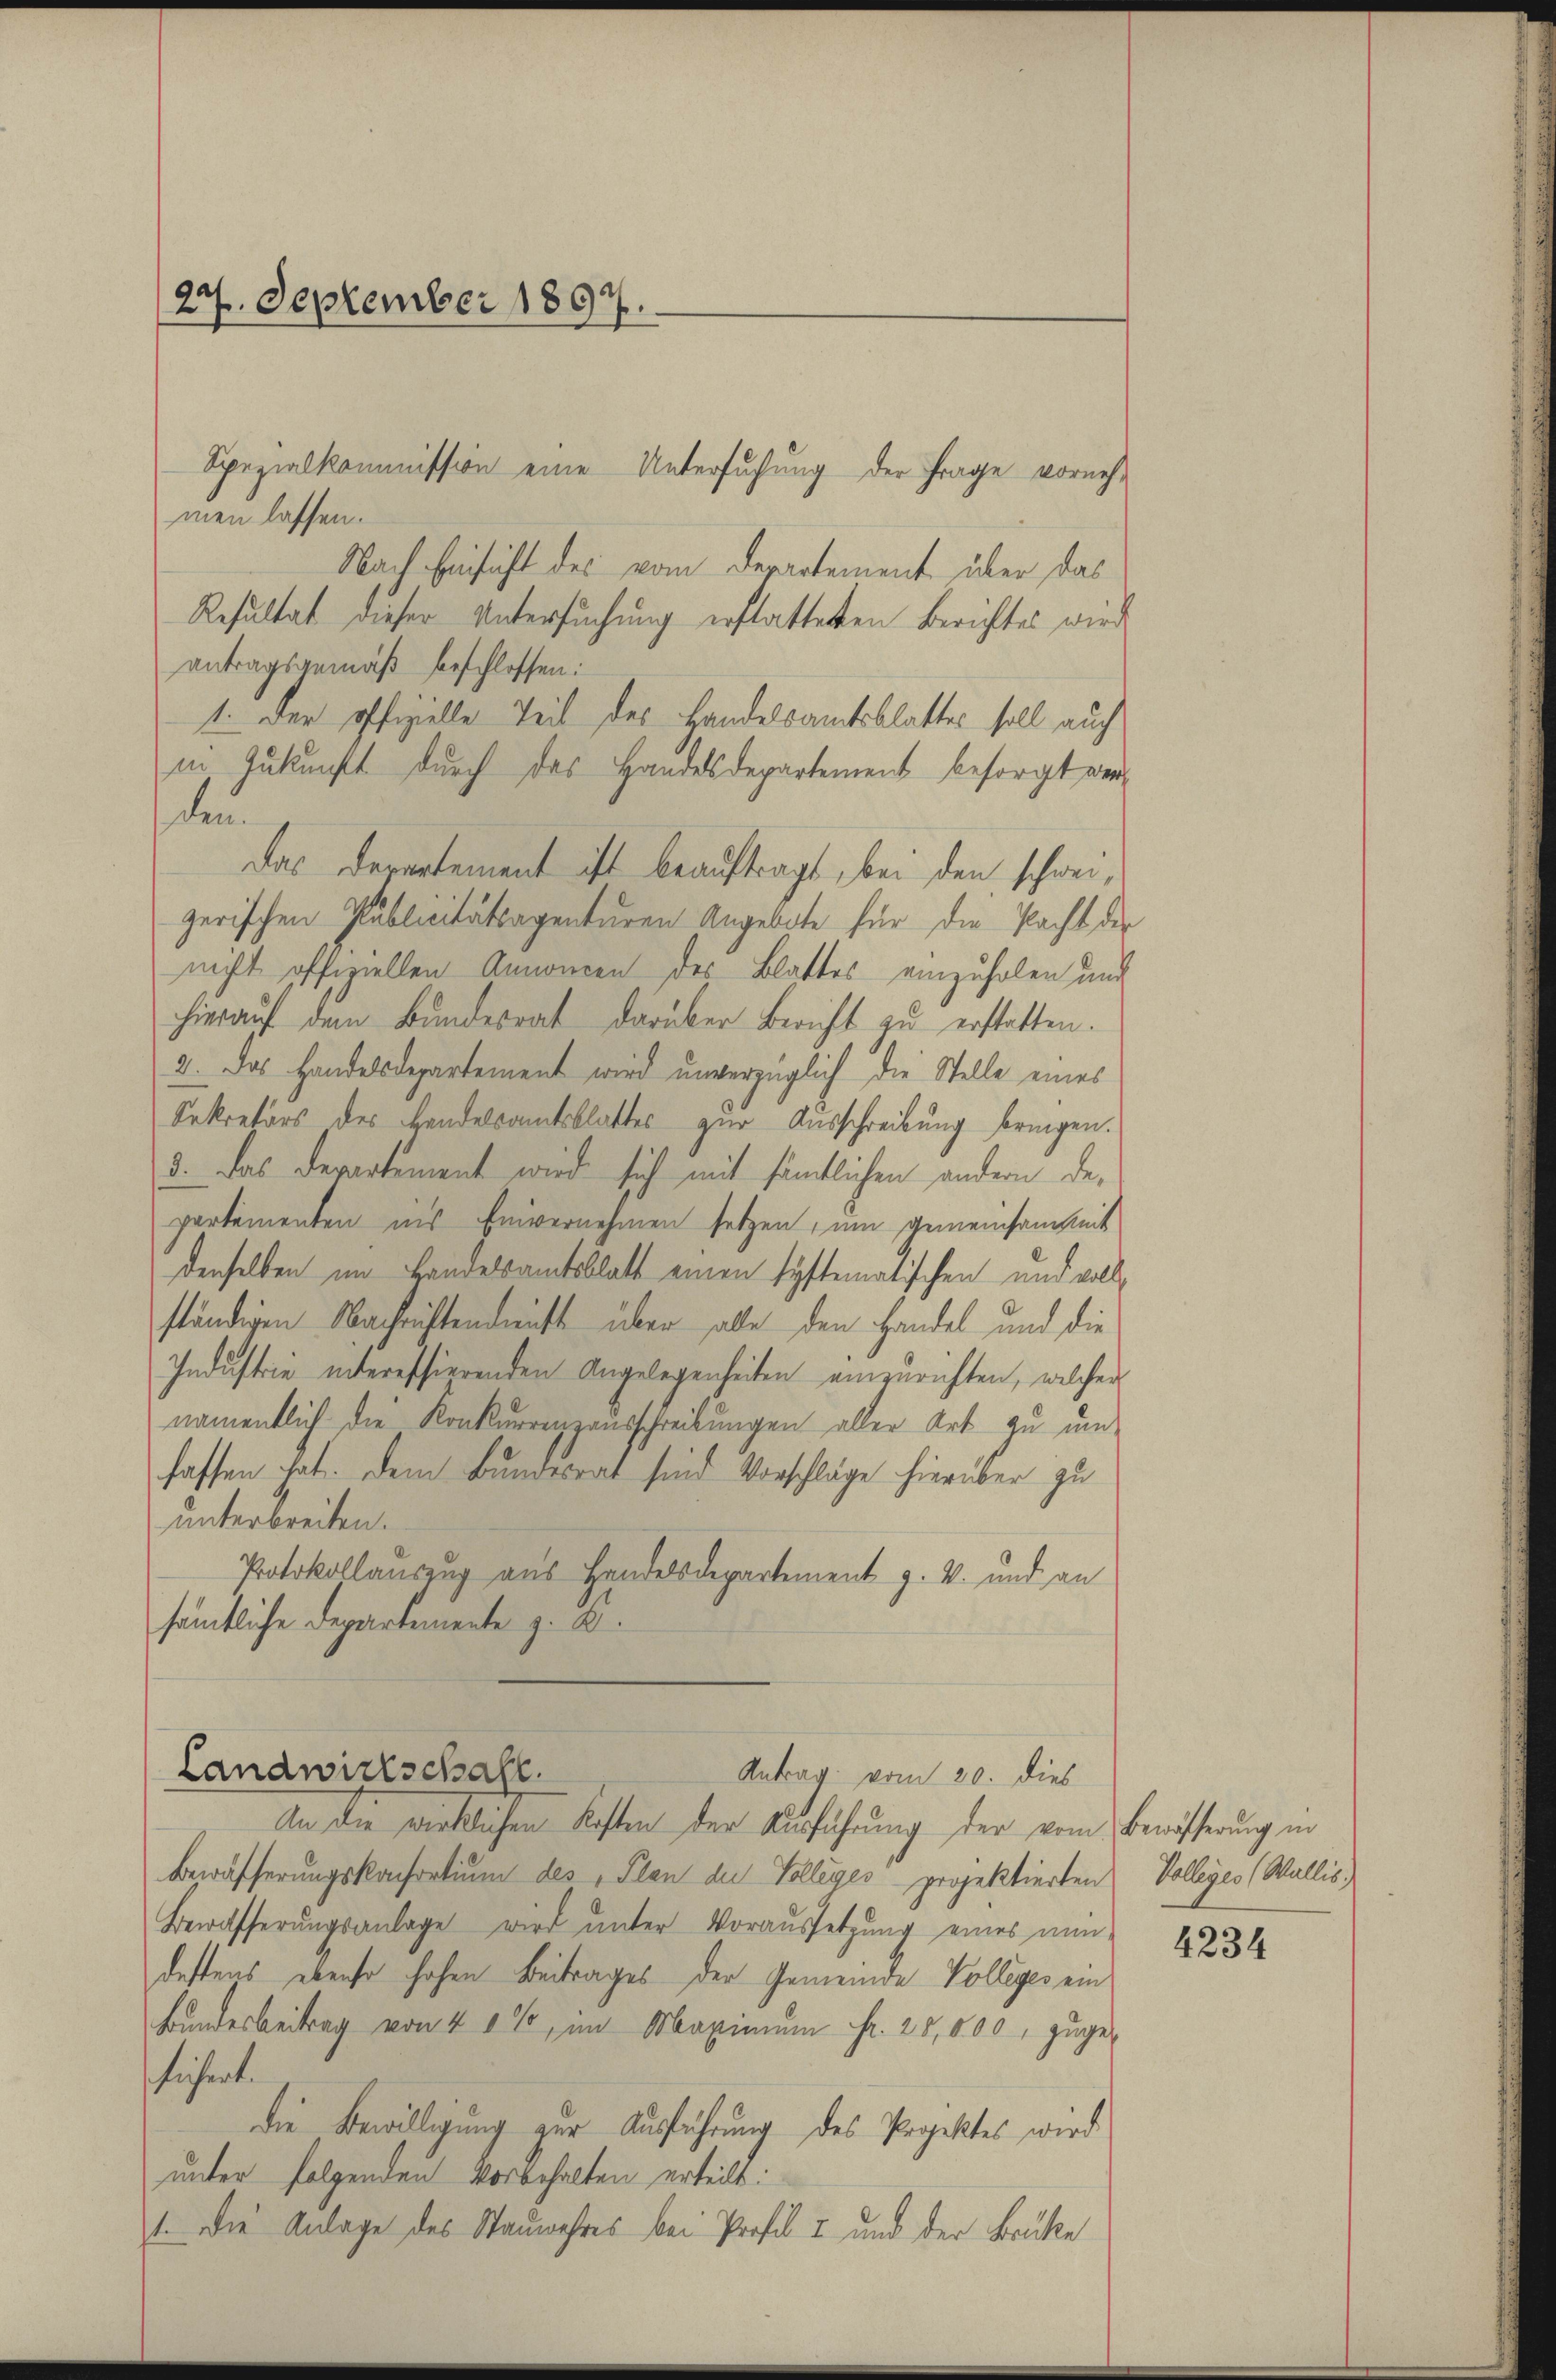
24. September 1897.

Spezialkommission eine Untersuchung der Frage vornehmen lassen.
Nach Einsicht des vom Departement über das
Resultat dieser Untersuchung erstatteten Berichtes wird
antragsgemäß beschlossen:
1. Der offizielle Teil des Handelsamtsblattes soll auch
in Zukunft durch das Handesdepartement besorgt werden
Das Departement ist beauftragt, bei den schweizerischen Publicitätsagenturen Angebote für die Pacht der
nicht offiziellen Annoncen des Blattes einzuholen und
hieraŭf dem Bundesrat darüber Bericht zŭ erstatten.
2. Das Handelsdepartement wird unverzüglich die Stelle eines
Sekretärs des Handelsamtsblattes zur Ausschreibung bringen.
3. Das Departement wird sich mit sämtlichen andern departementen ins Einvernehmen setzen, um gemeinsam mit
denselben im Landelsamtsblatt einen systematischen und vollständigen Nachriftendunft über alle den Handel und die
Industrie interessierenden Angelegenheiten einzurichten, welcher
namentlich die Krakurrenzausschreibungen aller Art zu um
fassen hat. Dem Bundesrat sind Vorschläge hierüber zu
unterbreiten.
Protokollauszug aus Handelsdepartement z. B. und an
sämtliche Departemente z. B.

Landwirtschaft.
Antrag vom 20. dies

An die wirklichen Kasten der Ausführung der vom Bewässerung in
Bewäfferungskonsortium des Plan die Volleges projektierten Volleges (Wallis,
Bewafferungsanlage wird unter Voraussetzung eines nun
destens ebenso hohen Beitrages der Gemeinde Volleges ein
Bundesbeitrag von 40%, im Maximum fr. 20,000, zuge-
sichert.
die Bewilligung zur Ausführung des Projektes wird
unter folgenden Vorbehalten erteilt:
1. Die Anlage des Stauwahres bei Profil 7 und der Brüke

4234